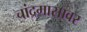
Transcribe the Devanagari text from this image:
चांद्रमासावर